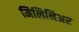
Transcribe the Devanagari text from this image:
मिलिनिअर